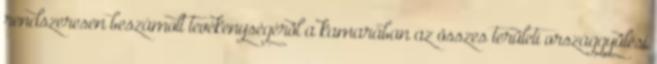
rendszeresen beszámolt tevékenységérôl a kamarában az összes területi országgyûlési